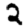
Digit: 2